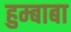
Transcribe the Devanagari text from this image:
हुम्बाबा